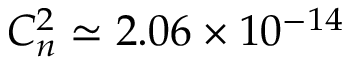
C _ { n } ^ { 2 } \simeq 2 . 0 6 \times 1 0 ^ { - 1 4 }